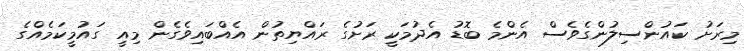
މިރަށު ކައުންސިލުންގެވެސް އެންމެ ބޮޑު އެދުމަކީ ރަށުގެ ރައްޔިތުން އެއްބައިވެގެން މިއީ ގައުމީކަމެއްގެ